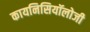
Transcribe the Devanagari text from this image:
कायनिसियॉलोजी